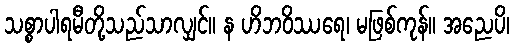
သစ္စာပါရမီတို့သည်သာလျှင်။ န ဟိဘဝိဿရေ၊ မဖြစ်ကုန်။ အညေပိ၊